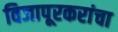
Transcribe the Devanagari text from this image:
विजापूरकरांचा